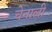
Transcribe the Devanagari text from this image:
चेनाली